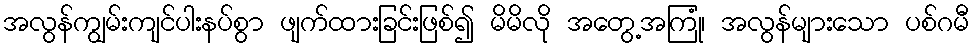
အလွန်ကျွမ်းကျင်ပါးနပ်စွာ ဖျက်ထားခြင်းဖြစ်၍ မိမိလို အတွေ့အကြုံ၊ အလွန်များသော ပစ်ဂမီ